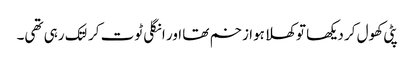
پٹی کھول کر دیکھا تو کھلا ہوا زخم تھا اور انگلی ٹوت کر لتک رہی تھی۔